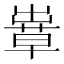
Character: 𦸶